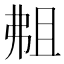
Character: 𫸴